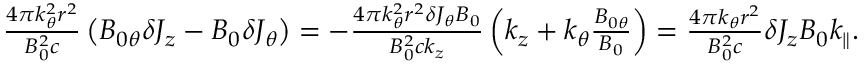
\begin{array} { r } { \frac { 4 \pi k _ { \theta } ^ { 2 } r ^ { 2 } } { B _ { 0 } ^ { 2 } c } \left( B _ { 0 \theta } \delta J _ { z } - B _ { 0 } \delta J _ { \theta } \right) = - \frac { 4 \pi k _ { \theta } ^ { 2 } r ^ { 2 } \delta J _ { \theta } B _ { 0 } } { B _ { 0 } ^ { 2 } c k _ { z } } \left( k _ { z } + k _ { \theta } \frac { B _ { 0 \theta } } { B _ { 0 } } \right) = \frac { 4 \pi k _ { \theta } r ^ { 2 } } { B _ { 0 } ^ { 2 } c } \delta J _ { z } B _ { 0 } k _ { \parallel } . } \end{array}